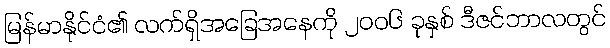
မြန်မာနိုင်ငံ၏ လက်ရှိအခြေအနေကို ၂၀၀၆ ခုနှစ် ဒီဇင်ဘာလတွင်